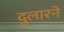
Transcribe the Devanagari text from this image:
दुलारने